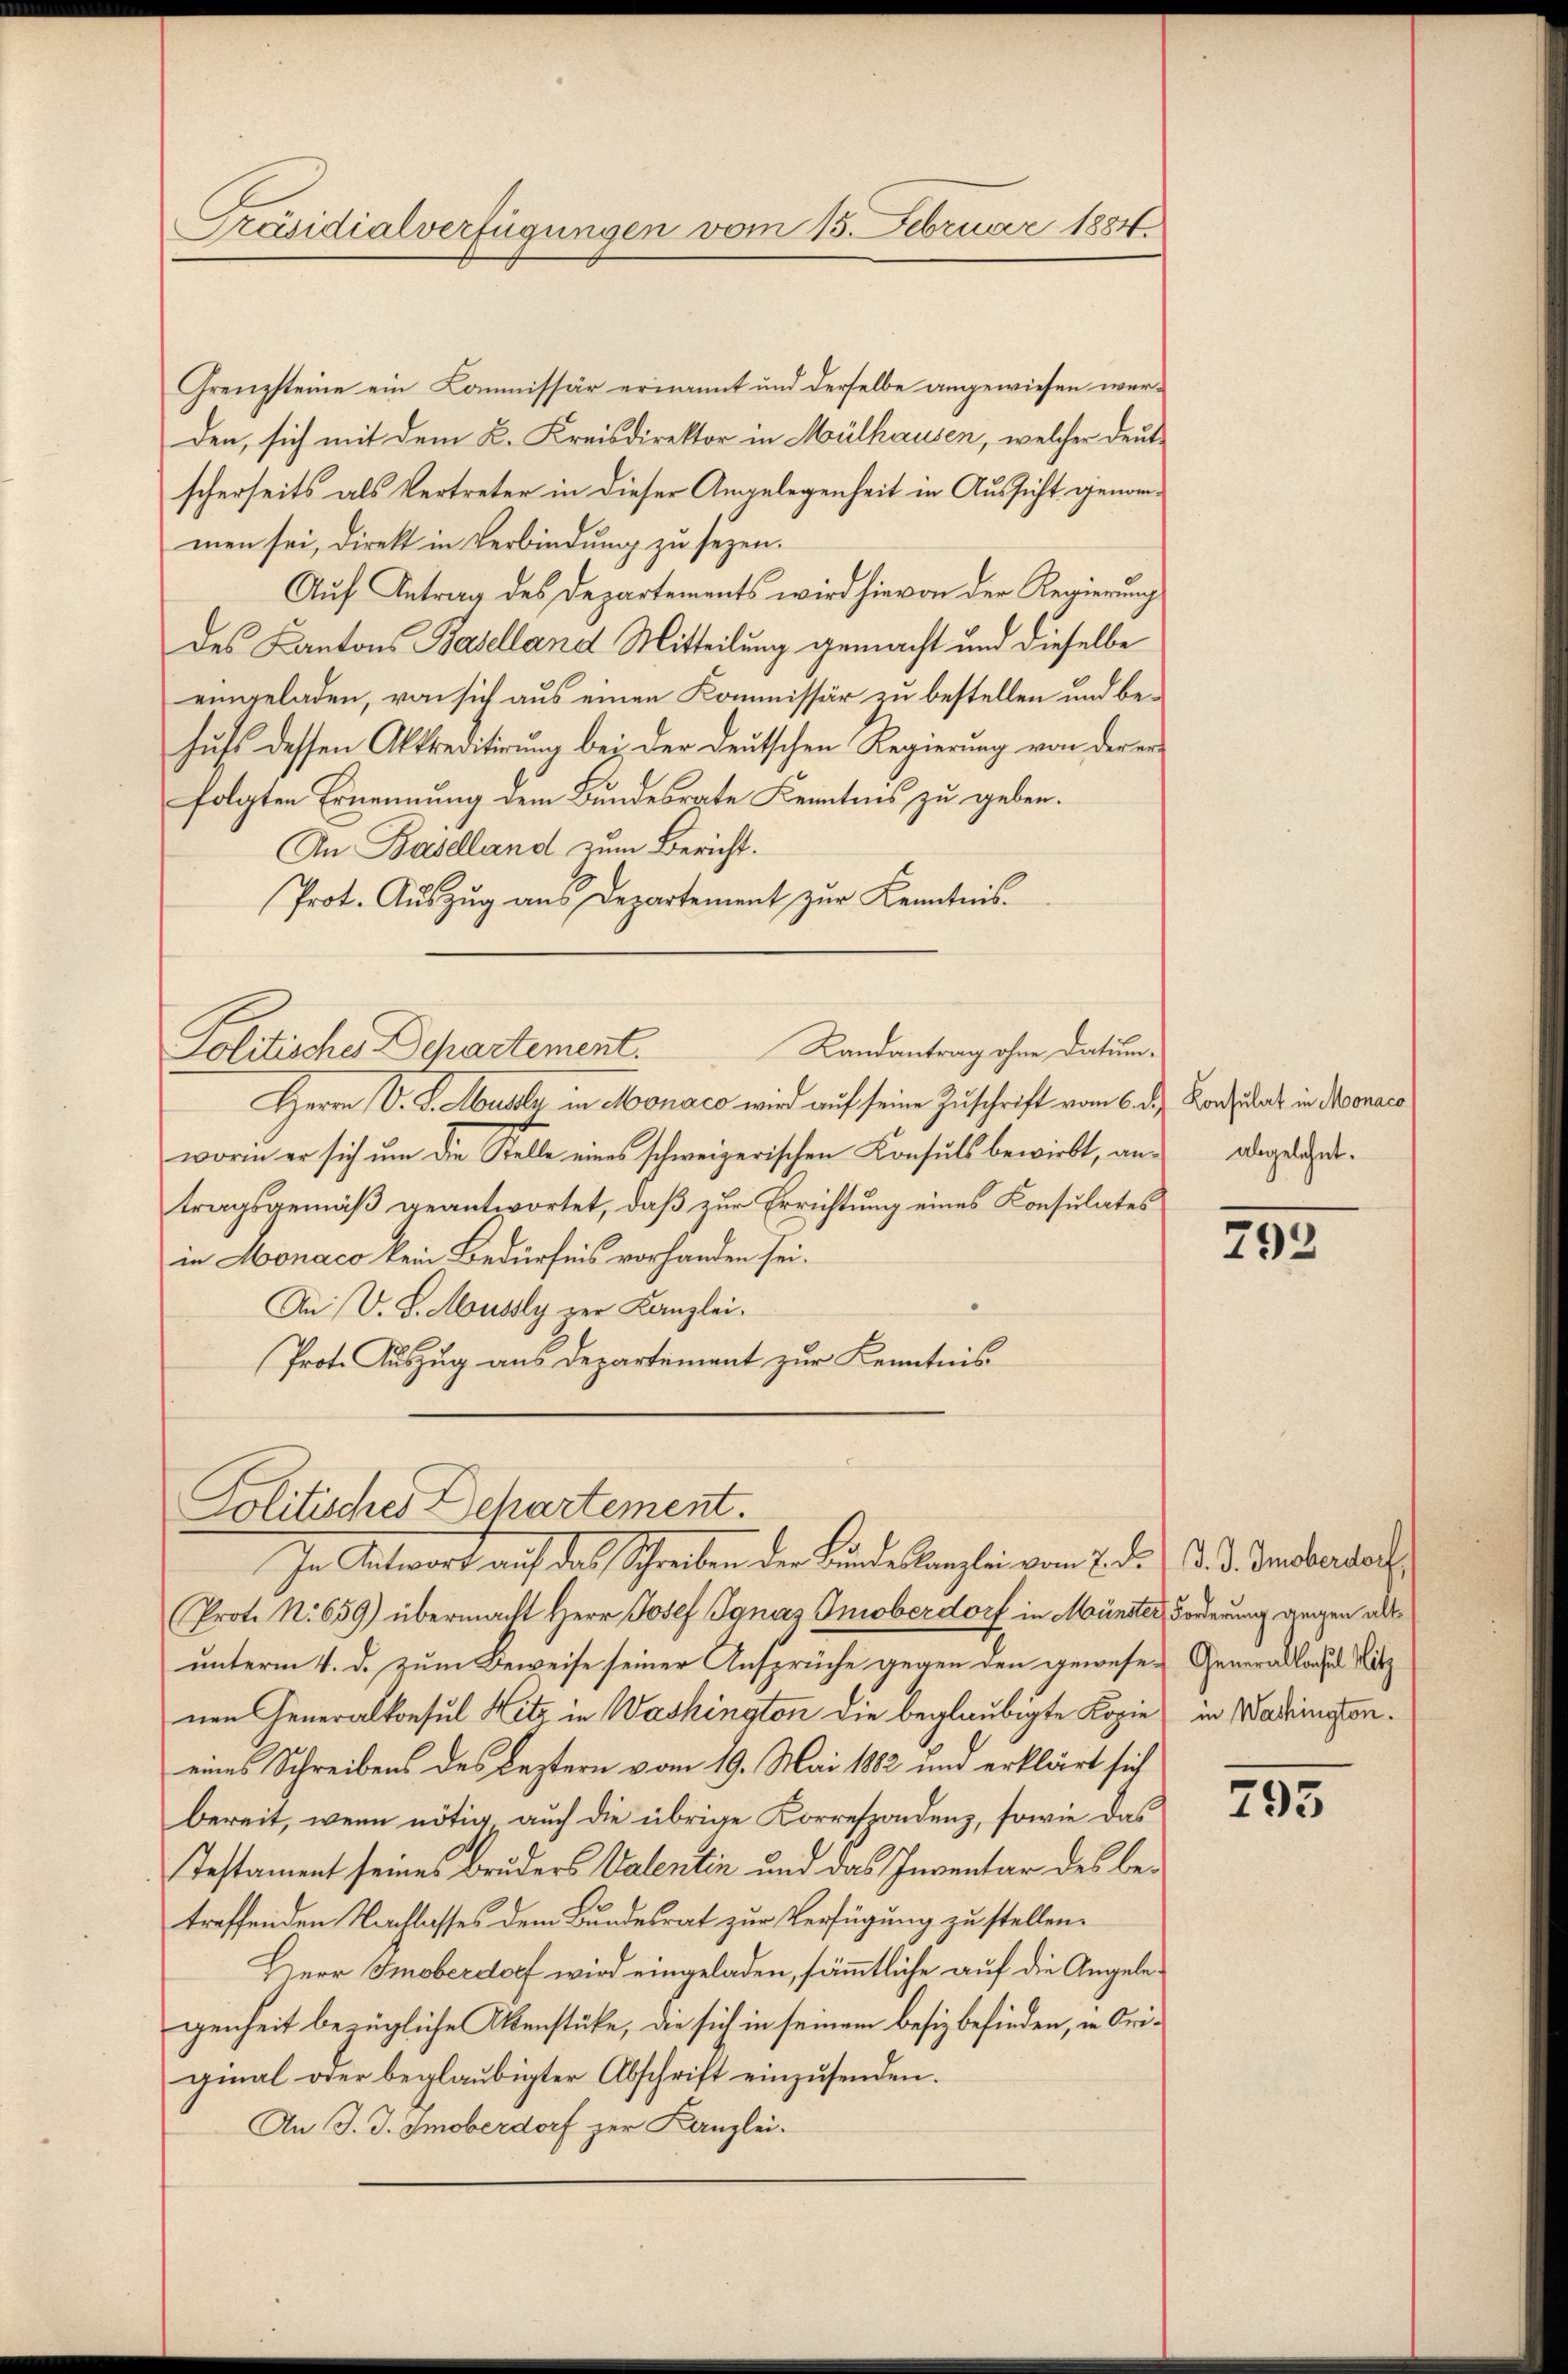
Präsidialverfügungen vom 15. Februar 1884.

Grenzsteine ein Commissär ernannt und derselbe angewiesen wer-
den, sich mit dem K. Kreisdirektor in Mülhausen, welcher deutscherseits als Vertreter in dieser Angelegenheit in Aussicht genommen sei, direkt in Verbindung zu sezen.
Auf Antrag des Departements wird hievon der Regierung
des Kantons Baselland Mitteilung gemacht und dieselbe
eingeladen, von sich aus einen Kommissär zu bestellen und behufs dessen Abtreditirung bei der deutschen Regierung von der erfolgten Ernennung dem Bundesrate Kenntnis zu geben.
An Baselland zum Bericht.
Prot. Auszug aus Departement zur Kenntnis.
Herrn O. S. Ausler in Monaco wird auf seine Zuschrift vom 6. d. Konsulat in Monare
worin er sich um die Stelle eines schweizerischen Consuls bewirkt, an abgeanttragsgemäß geantwortet, daß zur Errichtung eines Konsulates
in Monaco kein Bedürfnis vorhanden sei.
An V. S. Mussly der Kanzlei.
Prot. Auszug aus Departement zur Kenntnis
Politisches Dehartement.
In Antwort auf das Schreiben der Bundestanzlei vom 2. d. d. d. d. Sandberdach
(Prot. N. 659) übermacht Herr Josef Ignaz Imoberdorf in Münster, Forderung gegen allunterm 4. d. zum Beweise seiner Ansprüche gegen den gewesen Generallache Sitz
nen Generalkonsul Hitz in Washington die beglaubigte Kopie in Washingtoneines Schreibens des Leztern vom 19. Mai 1882 und erklärt sich
bereit, wenn nötig auch die übrige Korrespondenz, sowie das
Testament seines Bruders Valentin und das Inventar des betreffenden Nachlasses dem Bundesrat zur Verfügung zu stellen.
Herr Smoberdorf wird eingeladen, sämmtliche auf die Angelegenheit bezügliche Menstücke, die sich in seinem besiz befinden, in Original oder beglaubigter Abschrift einzusenden.
An J. J. Smoberdorf zur Kanzlei.

Politisches Departement. Landantrag ohne Datum.

792

793